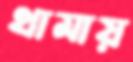
থামায়